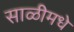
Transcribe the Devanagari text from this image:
साळीमधे